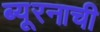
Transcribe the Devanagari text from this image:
ब्यूरनाची